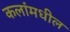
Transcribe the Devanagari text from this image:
कलांमधील